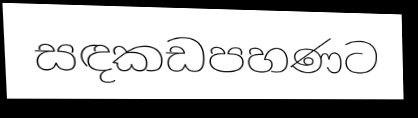
සඳකඩපහණට